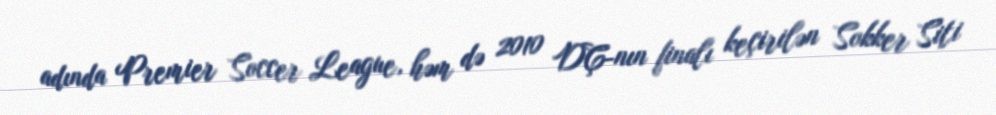
adında Premier Soccer League, həm də 2010 DÇ-nın finalı keçirilən Sokker Siti